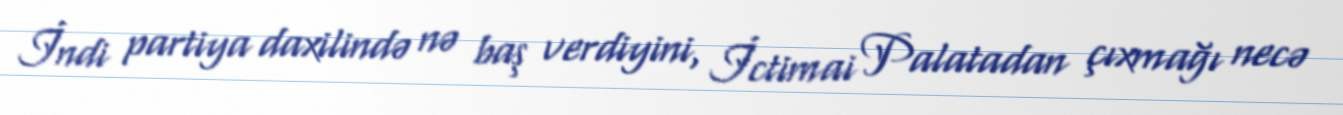
İndi partiya daxilində nə baş verdiyini, İctimai Palatadan çıxmağı necə